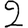
Digit: 2